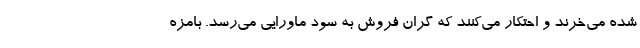
شده می‌خرند و احتکار می‌کنند که گران فروش به سود ماورایی می‌رسد. بامزه